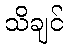
သိချင်